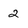
Character: 2